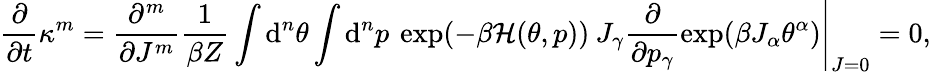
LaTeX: \frac{\partial}{\partial t}\kappa^{m}=\left.\frac{\partial^{m}}{\partial J^{m}}\frac{1}{\beta Z}\int\mathrm{d}^{n}\theta\int\mathrm{d}^{n}p\: \exp(-\beta\mathcal{H}(\theta,p))\: J_{\gamma}\frac{\partial}{\partial p_{\gamma}}\exp(\beta J_{\alpha}\theta^{\alpha})\right|_{J=0}=0,